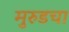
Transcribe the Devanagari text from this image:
मुरुडचा